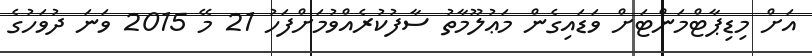
އަށް މިޑިޕާޓްމަންޓަށް ވަޑައިގެން މަޢުލޫމާތު ސާފުކުރެއްވުމަށްފަހު 21 މޭ 2015 ވަނަ ދުވަހުގެ